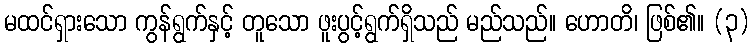
မထင်ရှားသော ကွန်ရွက်နှင့် တူသော ဖူးပွင့်ရွက်ရှိသည် မည်သည်။ ဟောတိ၊ ဖြစ်၏။ (၃)